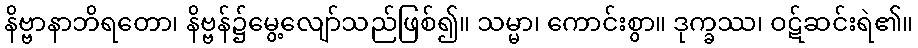
နိဗ္ဗာနာဘိရတော၊ နိဗ္ဗန်၌မွေ့လျော်သည်ဖြစ်၍။ သမ္မာ၊ ကောင်းစွာ။ ဒုက္ခဿ၊ ဝဋ်ဆင်းရဲ၏။